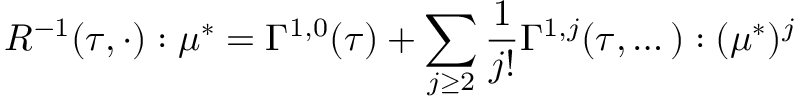
R ^ { - 1 } ( \tau , \cdot ) : \mu ^ { * } = \Gamma ^ { 1 , 0 } ( \tau ) + \sum _ { j \geq 2 } \frac { 1 } { j ! } \Gamma ^ { 1 , j } ( \tau , \dots ) : ( \mu ^ { * } ) ^ { j }